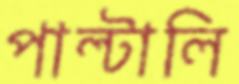
পাল্‌টালি